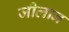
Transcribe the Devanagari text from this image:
जीलान